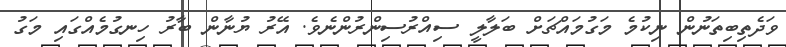
ވަދެތިބިތަނުން ނިކުމެ މަގުމައްޗަށް ބަލާލީ ސިއްރުސިންރުންނެވެ. އޭރު ޔުނާން ބާރު ހިނގުމެއްގައި މަގު